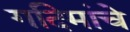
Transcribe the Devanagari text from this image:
गदिमांचे